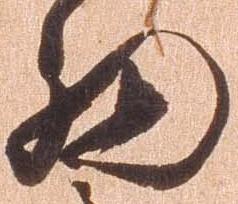
細